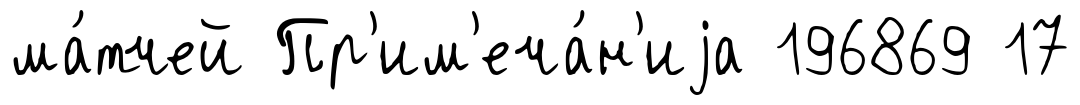
ма́тчей Пр'им'еча́н'иjа 196869 17